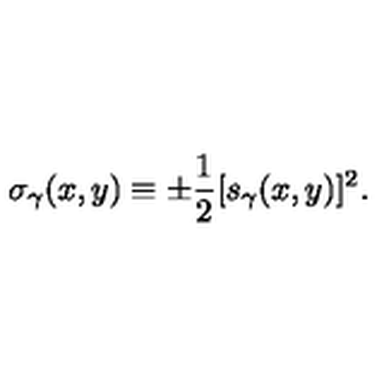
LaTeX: \sigma _ { \gamma } ( x , y ) \equiv \pm { \frac { 1 } { 2 } } [ s _ { \gamma } ( x , y ) ] ^ { 2 } .